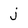
Character: j